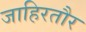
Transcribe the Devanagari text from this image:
जाहिरतौर